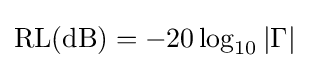
{\text{RL}}({\text{dB}})=-20\log _{10}|\Gamma |